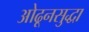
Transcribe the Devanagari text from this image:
ओढूनसुद्धा